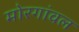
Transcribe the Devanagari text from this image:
मोरगांवल